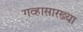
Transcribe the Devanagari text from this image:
गव्हासारख्या